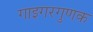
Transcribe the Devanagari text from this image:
गाइगरगुणक